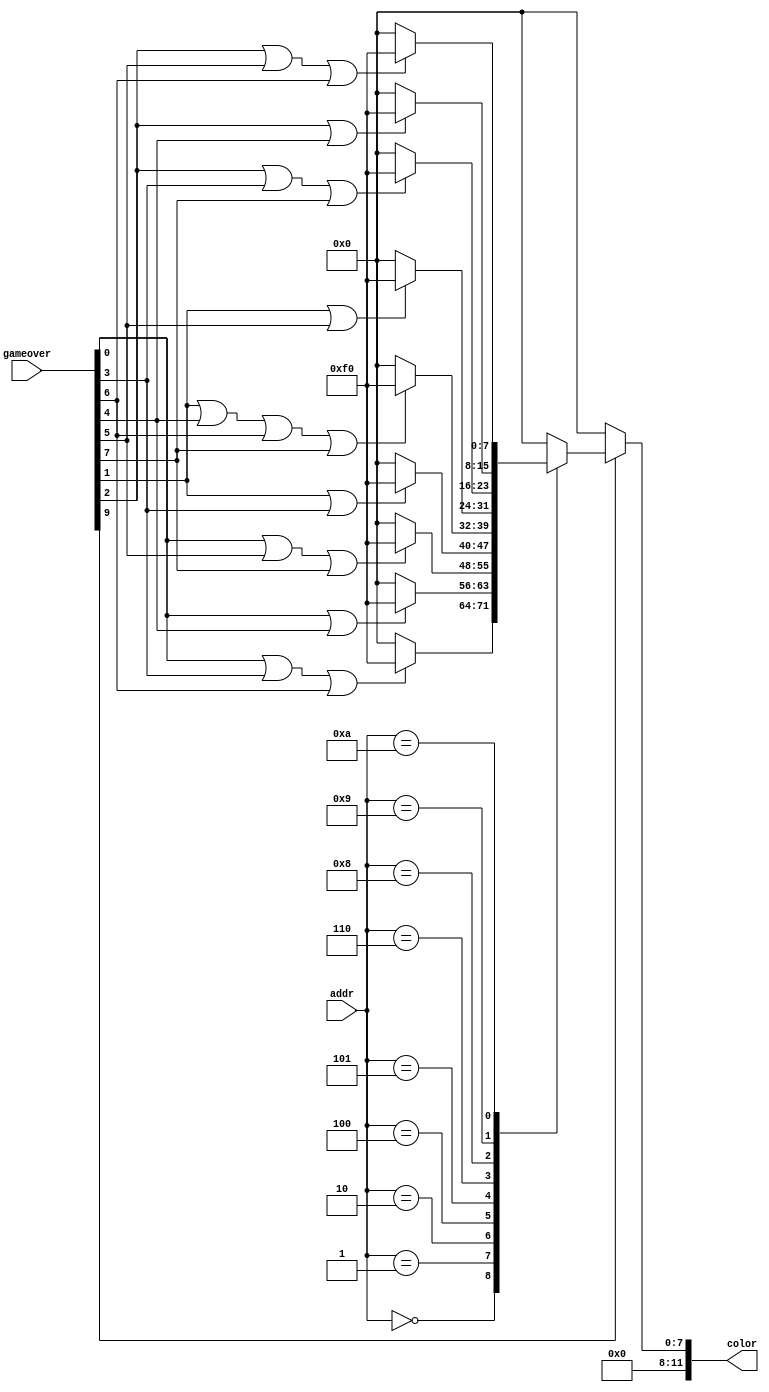
`timescale 1ns / 1ps
//////////////////////////////////////////////////////////////////////////////////
// Company: 
// Engineer: 
// 
// Design Name: 
// Module Name: go_decode
// Project Name: 
// Target Devices: 
// Tool Versions: 
// Description: 
// 
// Dependencies: 
// 
// Revision:
// Revision 0.01 - File Created
// Additional Comments:
// 
//////////////////////////////////////////////////////////////////////////////////

module go_decode(
    input [9:0] gameover,
    input [3:0] addr,
    output reg [11:0] color
    );
    //output black if not gameover or not on winning line
    //output green if gameover and on winning line
    always@(gameover or addr)
    begin
        if (~gameover[9])
            color = 12'h000;
        else begin case (addr) // see go_encode for descriptions of indices
            4'h0: color = (gameover[0] | gameover[3] | gameover[6]              ) ? 12'h0f0 : 12'h000;//0F0 == green
            4'h1: color = (gameover[0] | gameover[4]                            ) ? 12'h0f0 : 12'h000;
            4'h2: color = (gameover[0] | gameover[5] | gameover[7]              ) ? 12'h0f0 : 12'h000;
            4'h4: color = (gameover[1] | gameover[3]                            ) ? 12'h0f0 : 12'h000;
            4'h5: color = (gameover[1] | gameover[4] | gameover[6] | gameover[7]) ? 12'h0f0 : 12'h000;
            4'h6: color = (gameover[1] | gameover[5]                            ) ? 12'h0f0 : 12'h000;
            4'h8: color = (gameover[2] | gameover[3] | gameover[7]              ) ? 12'h0f0 : 12'h000;
            4'h9: color = (gameover[2] | gameover[4]                            ) ? 12'h0f0 : 12'h000;
            4'ha: color = (gameover[2] | gameover[5] | gameover[6]              ) ? 12'h0f0 : 12'h000;
            default: color = 12'h000;
        endcase
        end
    end     
endmodule